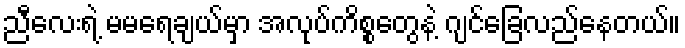
ညီလေးရဲ့ မမရေချယ်မှာ အလုပ်ကိစ္စတွေနဲ့ ဂျင်ခြေလည်နေတယ်။